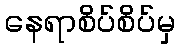
နေရာစိပ်စိပ်မှ